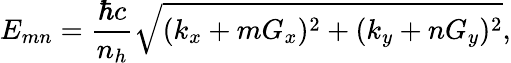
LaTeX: E_{mn}=\frac{\hbar c}{n_{h}}\sqrt{(k_{x}+mG_{x})^{2}+(k_{y}+nG_{y})^{2}},